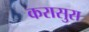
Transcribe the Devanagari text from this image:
करासुरा